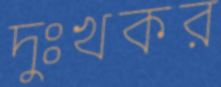
দুঃখকর